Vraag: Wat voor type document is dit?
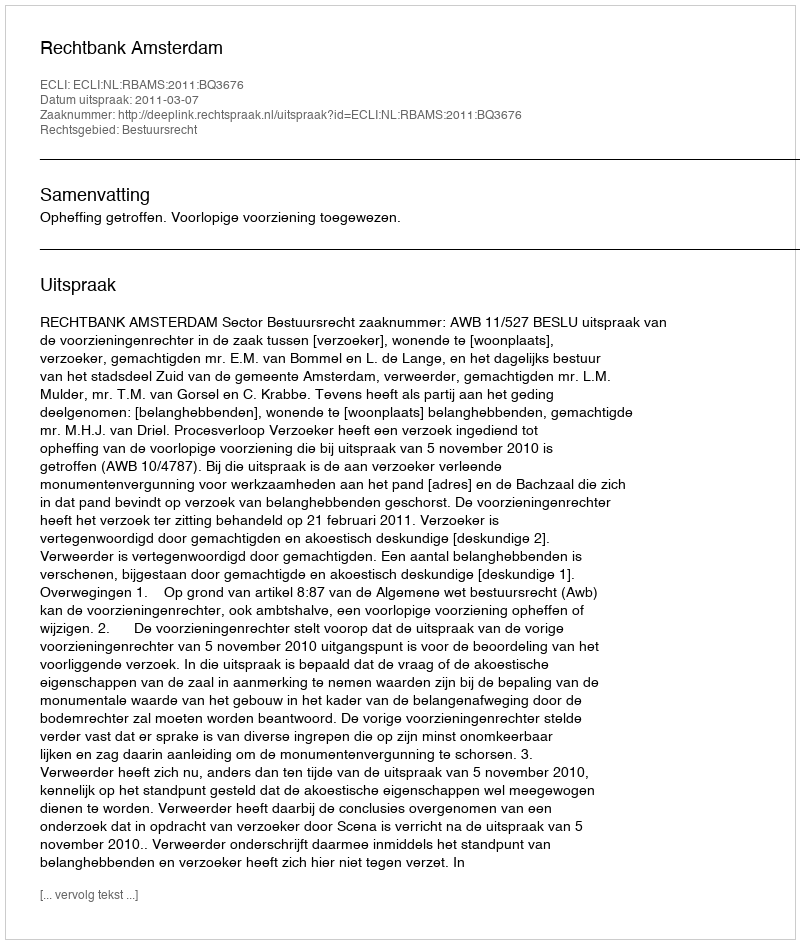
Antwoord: Uitspraak